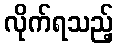
လိုက်ရသည့်